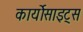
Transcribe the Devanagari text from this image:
कार्योसाइट्स